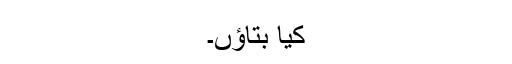
کیا بتاؤں۔